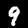
Label: 9